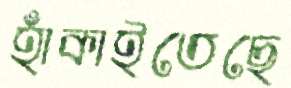
হাঁকাইতেছে